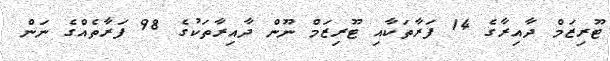
ޓޫރިޒަމް ދާއިރާގެ 14 ފަރާތަކާއި ޓޫރިޒަމް ނޫން ދާއިރާތަކުގެ 98 ފަރާތެއްގެ ނަން